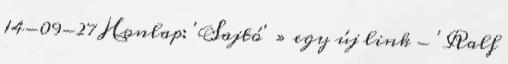
14-09-27 Honlap: 'Sajtó' » egy új link - 'Ralf